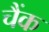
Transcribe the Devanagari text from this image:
चैंक